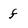
Character: f